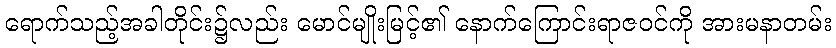
ရောက်သည့်အခါတိုင်း၌လည်း မောင်မျိုးမြင့်၏ နောက်ကြောင်းရာဇဝင်ကို အားမနာတမ်း